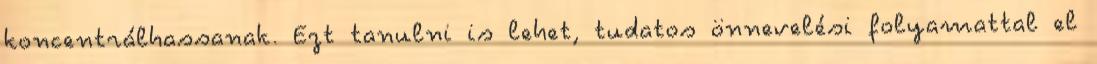
koncentrálhassanak. Ezt tanulni is lehet, tudatos önnevelési folyamattal el